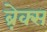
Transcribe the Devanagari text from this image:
ब्रे़क्स